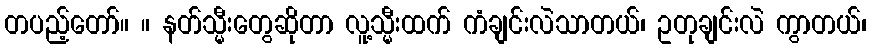
တပည့်တော်။ ။ နတ်သ္မီးတွေဆိုတာ လူ့သ္မီးထက် ကံချင်းလဲသာတယ်၊ ဥတုချင်းလဲ ကွာတယ်၊